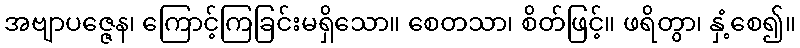
အဗျာပဇ္ဇေန၊ ကြောင့်ကြခြင်းမရှိသော။ စေတသာ၊ စိတ်ဖြင့်။ ဖရိတွာ၊ နှံ့စေ၍။